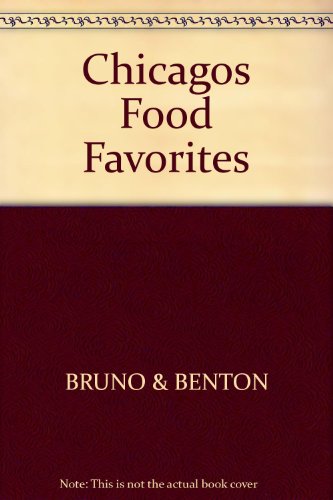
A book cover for Chicago's Food Favorites: A Guide to Over 450 Favorite Eating Spots; Pat Bruno; Travel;